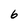
Character: 6